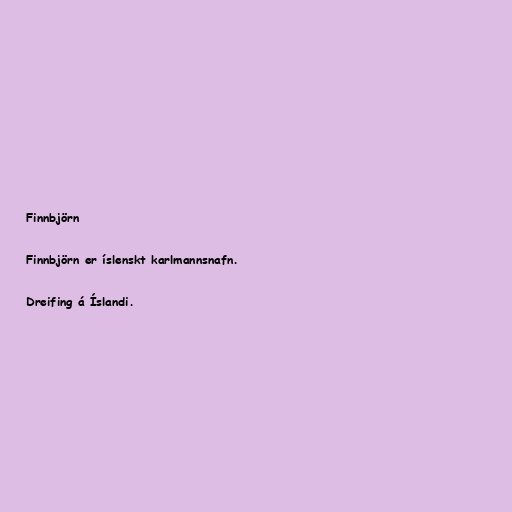
Finnbjörn

Finnbjörn er íslenskt karlmannsnafn.

Dreifing á Íslandi.